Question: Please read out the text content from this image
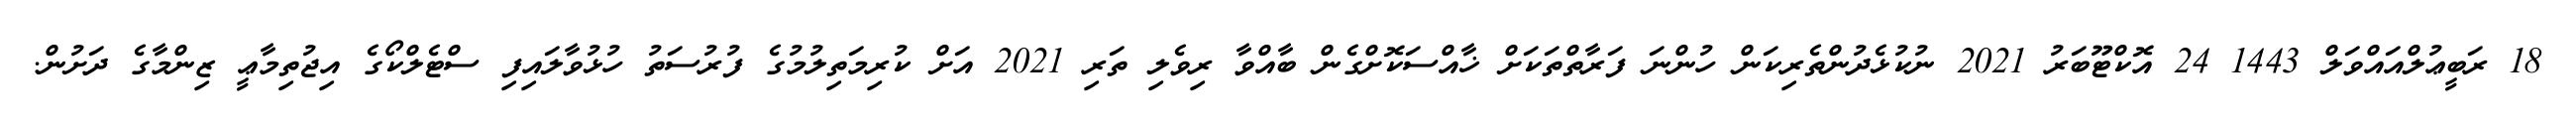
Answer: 18 ރަބީޢުލްއައްވަލް 1443 24 އޮކްޓޫބަރު 2021 ނުކުޅެދުންތެރިކަން ހުންނަ ފަރާތްތަކަށް ޚާއްސަކޮށްގެން ބާއްވާ ރިވެލި ތަރި 2021 އަށް ކުރިމަތިލުމުގެ ފުރުސަތު ހުޅުވާލައިފި ސްޓެލްކޯގެ އިޖުތިމާޢީ ޒިންމާގެ ދަށުން.